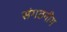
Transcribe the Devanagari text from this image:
संगठनीय